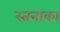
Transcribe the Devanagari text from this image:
स्तनाका